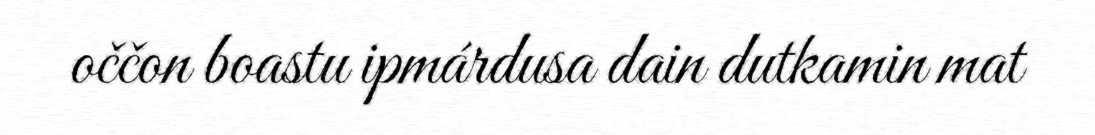
oččon boastu ipmárdusa dain dutkamin mat